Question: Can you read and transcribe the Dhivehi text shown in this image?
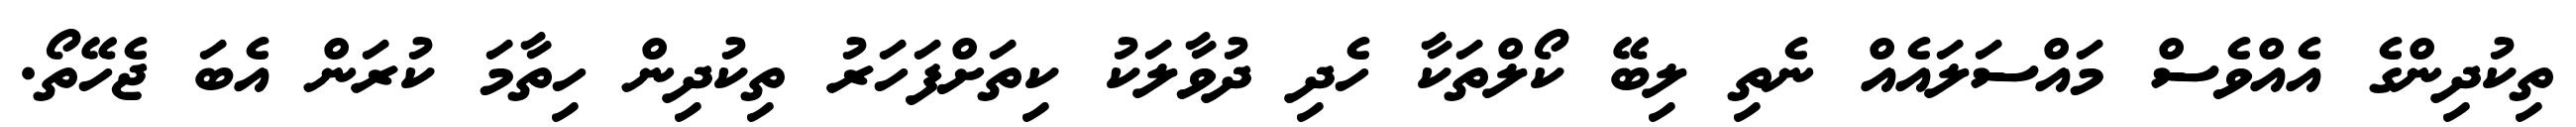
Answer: ތިކުދިންގެ އެއްވެސް މައްސަލައެއް ނެތި ލިބޭ ކޯލްތަކާ ހެދި ދުވާލަކު ކިތަށްފަހަރު ތިކުދިން ހިތާމަ ކުރަން އެބަ ޖެހޭތޯ.